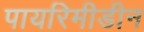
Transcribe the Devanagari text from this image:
पायरिमीडीन